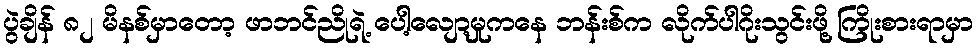
ပွဲချိန် ၈၂ မိနစ်မှာတော့ ဖာဘင်ညိုရဲ့ ပေါ့လျော့မှုကနေ ဘန်းစ်က လိုက်ပါဂိုးသွင်းဖို့ ကြိုးစားရာမှာ